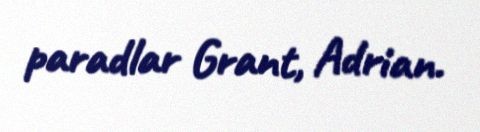
paradlar Grant, Adrian.